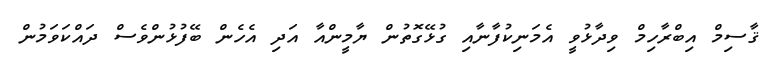
ޤާސިމް އިބްރާހިމް ވިދާޅުވީ އެމަނިކުފާނާއި ގުޅޭގޮތުން ޔާމީންއާ އަދި އެހެން ބޭފުޅުންވެސް ދައްކަވަމުން